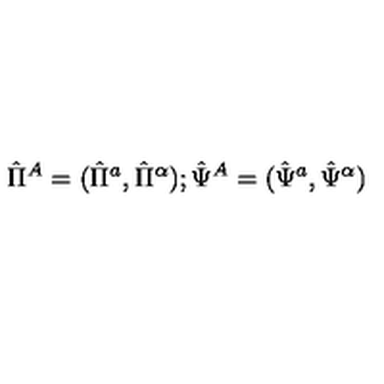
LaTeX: \hat { \Pi } ^ { A } = ( \hat { \Pi } ^ { a } , \hat { \Pi } ^ { \alpha } ) ; \hat { \Psi } ^ { A } = ( \hat { \Psi } ^ { a } , \hat { \Psi } ^ { \alpha } )